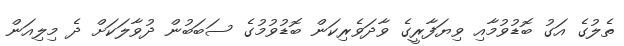
ތެލުގެ އަގު ބޮޑުވުމާއި ވިޔަފާރީގެ ވާދަވެރިކަން ބޮޑުވުމުގެ ސަބަބުން ދުވާލަކަށް ދެ މިލިއަން